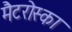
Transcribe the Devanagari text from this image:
मैटरोस्का